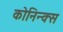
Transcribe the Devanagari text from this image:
कोनिन्क्स